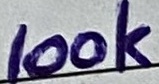
Text: 100K